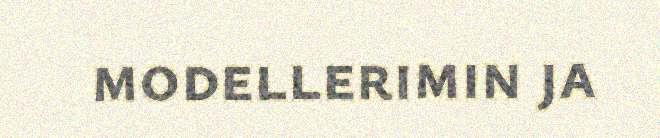
modellerimin ja